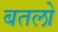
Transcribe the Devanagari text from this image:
बतलो